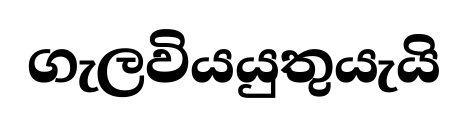
ගැලවියයුතුයැයි